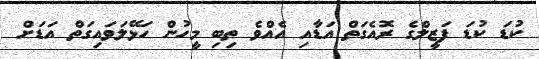
ކުޑަ ކުޑަ ފަޒީލްގެ ރޮއެގަތް އަޑާއި އެއްވެ ތިބި މީހުން ހަޅޭލަވައިގަތް އަޑަށް